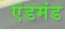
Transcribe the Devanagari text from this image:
एंडमंड